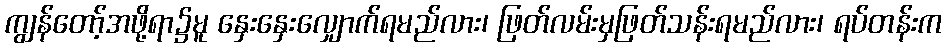
ကျွန်တော့်အဖို့ရာ၌မူ နှေးနှေးလျှောက်ရမည်လား၊ ဖြတ်လမ်းမှဖြတ်သန်းရမည်လား၊ ရပ်တန်းက